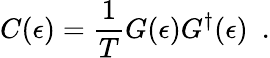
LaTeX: C(\epsilon)=\frac{1}{T}G(\epsilon)G^{\dagger}(\epsilon)~~.